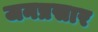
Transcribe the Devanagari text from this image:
जनप्रसार